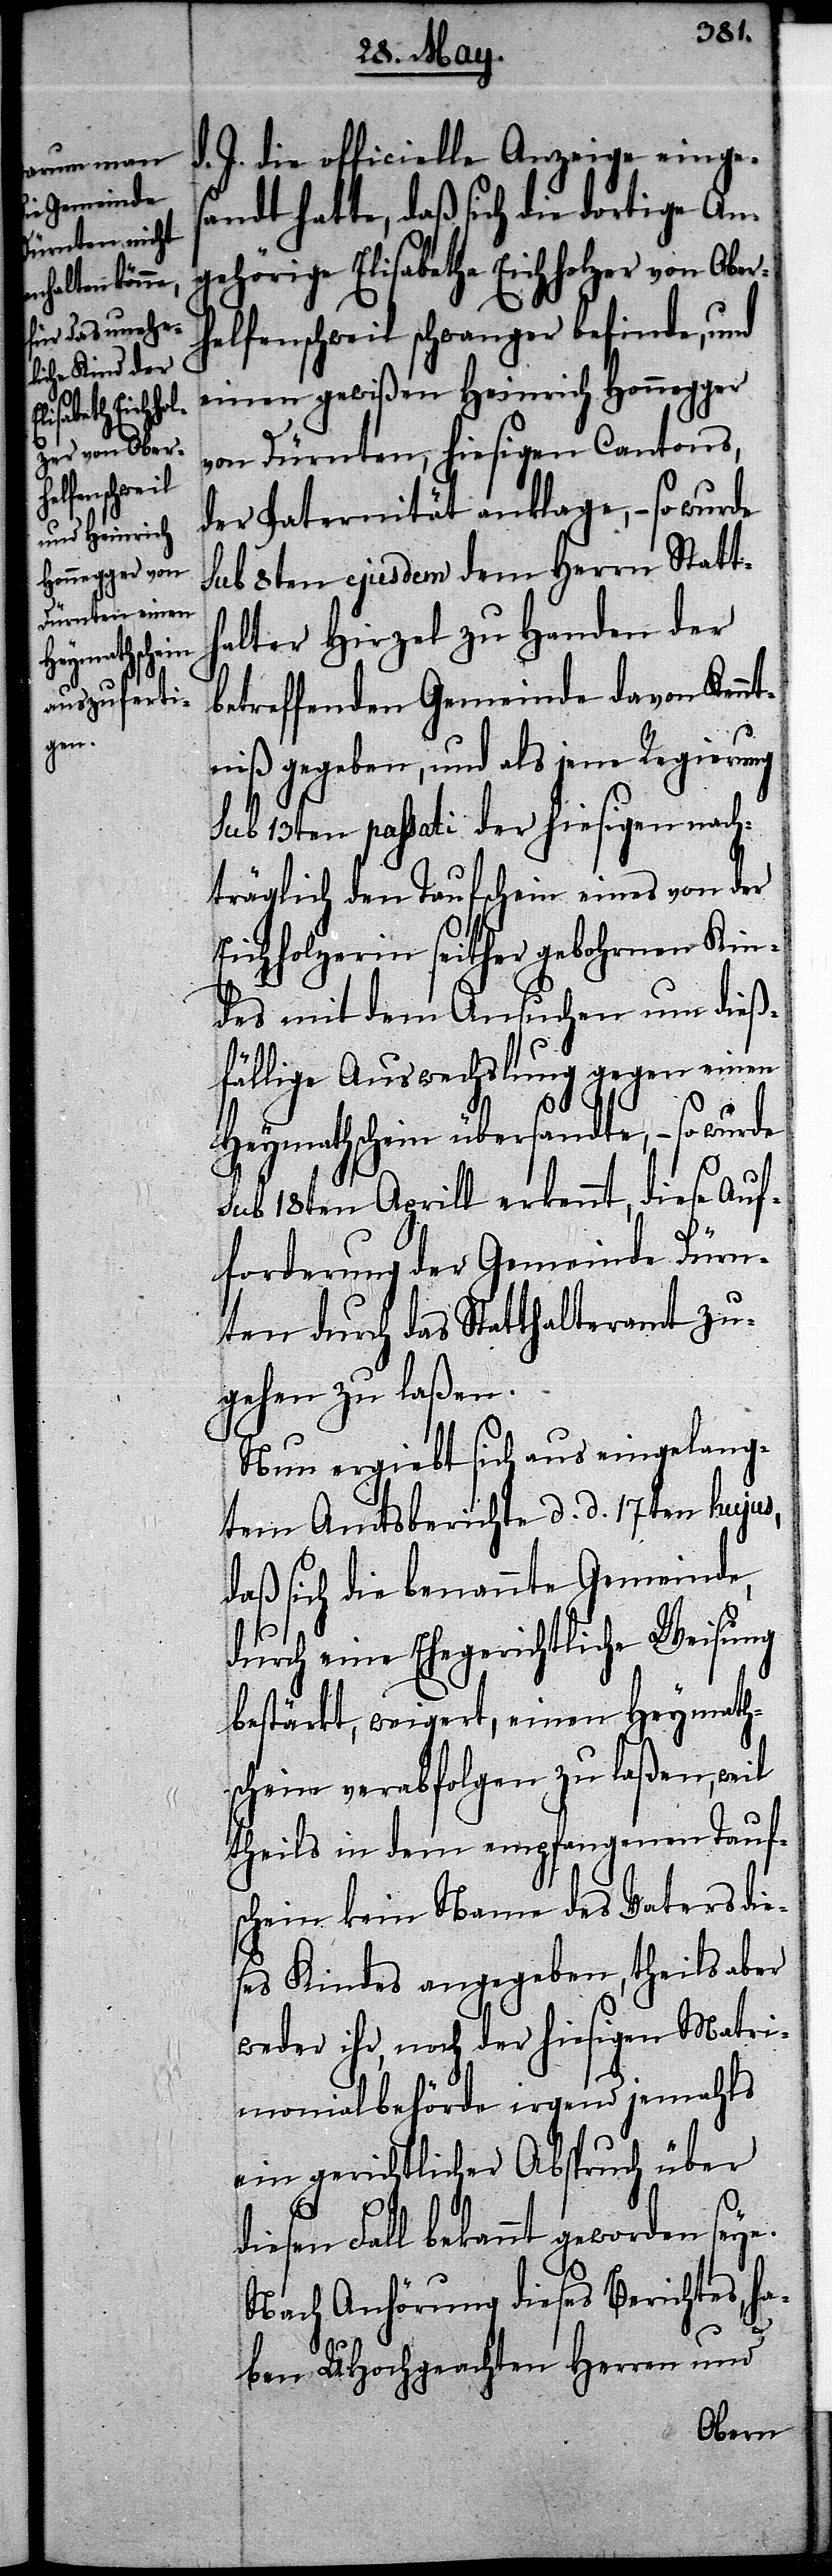
zer von Oberh¬

d. J. die officielle Anzeige einge¬
sandt hatte, daß sich die dortige An¬
gehörige Elisabetha Eichhol¬
elfenschweil schwanger befinde, und
einen gewißen Heinrich Honnegger
von Dürnten, hiesigen Cantons,
der Paternität anklage, – so wurde
sub 8ten ejusdem dem Herrn Statt¬
halter Hirzel zu Handen der
betreffenden Gemeinde davon Kenn¬
tniß gegeben, und als jene Regierung
sub 13ten passati der hiesigen nach¬
träglich den Taufschein eines von der
Eichholzerin seither gebohrnen Kin¬
des mit dem Ansuchen um dieß¬
fällige Auswechslung gegen einen
Heymathschein übersandte, – so wurde
sub 18ten Aprill erkennt, diese Auf¬
forderung der Gemeinde Dürn¬
ten durch das Statthalteramt zu¬
gehen zu laßen.
Nun ergiebt sich aus eingelang¬
tem Amtsberichte d. d. 17ten hujus,
daß sich die benannte Gemeinde,
durch eine Ehegerichtliche Weisung
bestärkt, weigert, einen Heymath¬
schein verabfolgen zu laßen, weil
theils in dem empfangenen Tauf¬
schein kein Name des Vaters die¬
ses Kindes angegeben, theils aber
weder ihr, noch der hiesigen Matri¬
monialbehörde irgend jemahls
ein gerichtlicher Abspruch über
diesen Fall bekannt geworden seye.
Nach Anhörung dieses Berichtes, ha¬
ben UHochgeachten Herren und